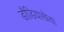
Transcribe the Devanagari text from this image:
डौडियाखेड़ा